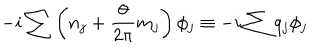
- i \sum \left( n _ { j } + \frac { \theta } { 2 \pi } m _ { j } \right) \phi _ { j } \equiv - i \sum q _ { j } \phi _ { j }